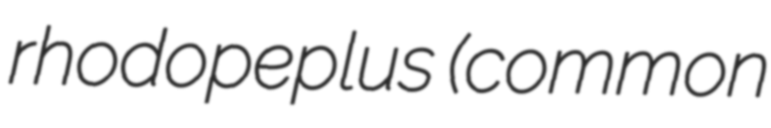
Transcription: rhodopeplus (common